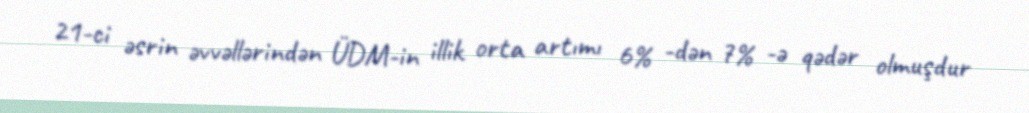
21-ci əsrin əvvəllərindən ÜDM-in illik orta artımı 6% -dən 7% -ə qədər olmuşdur